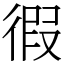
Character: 徦